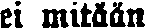
ei mitään